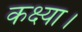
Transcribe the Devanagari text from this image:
कक्ष्या।